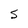
Character: S